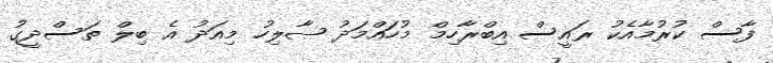
ފާސް ކުރުމާއެކު ރައީސް އިބްރާހިމް މުހައްމަދު ޞާލިހު މިއަދު އެ ބިލް ތަސްދީގު